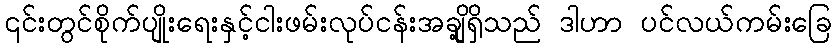
၎င်းတွင်စိုက်ပျိုးရေးနှင့်ငါးဖမ်းလုပ်ငန်းအချို့ရှိသည် ဒါဟာ ပင်လယ်ကမ်းခြေ